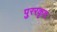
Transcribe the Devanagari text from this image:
पुररकृत